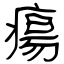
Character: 瘍